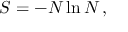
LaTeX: S = - { \cal N } \ln { \cal N } \, ,